Vabadussoja_Ajaloo_Komitee, lk 4
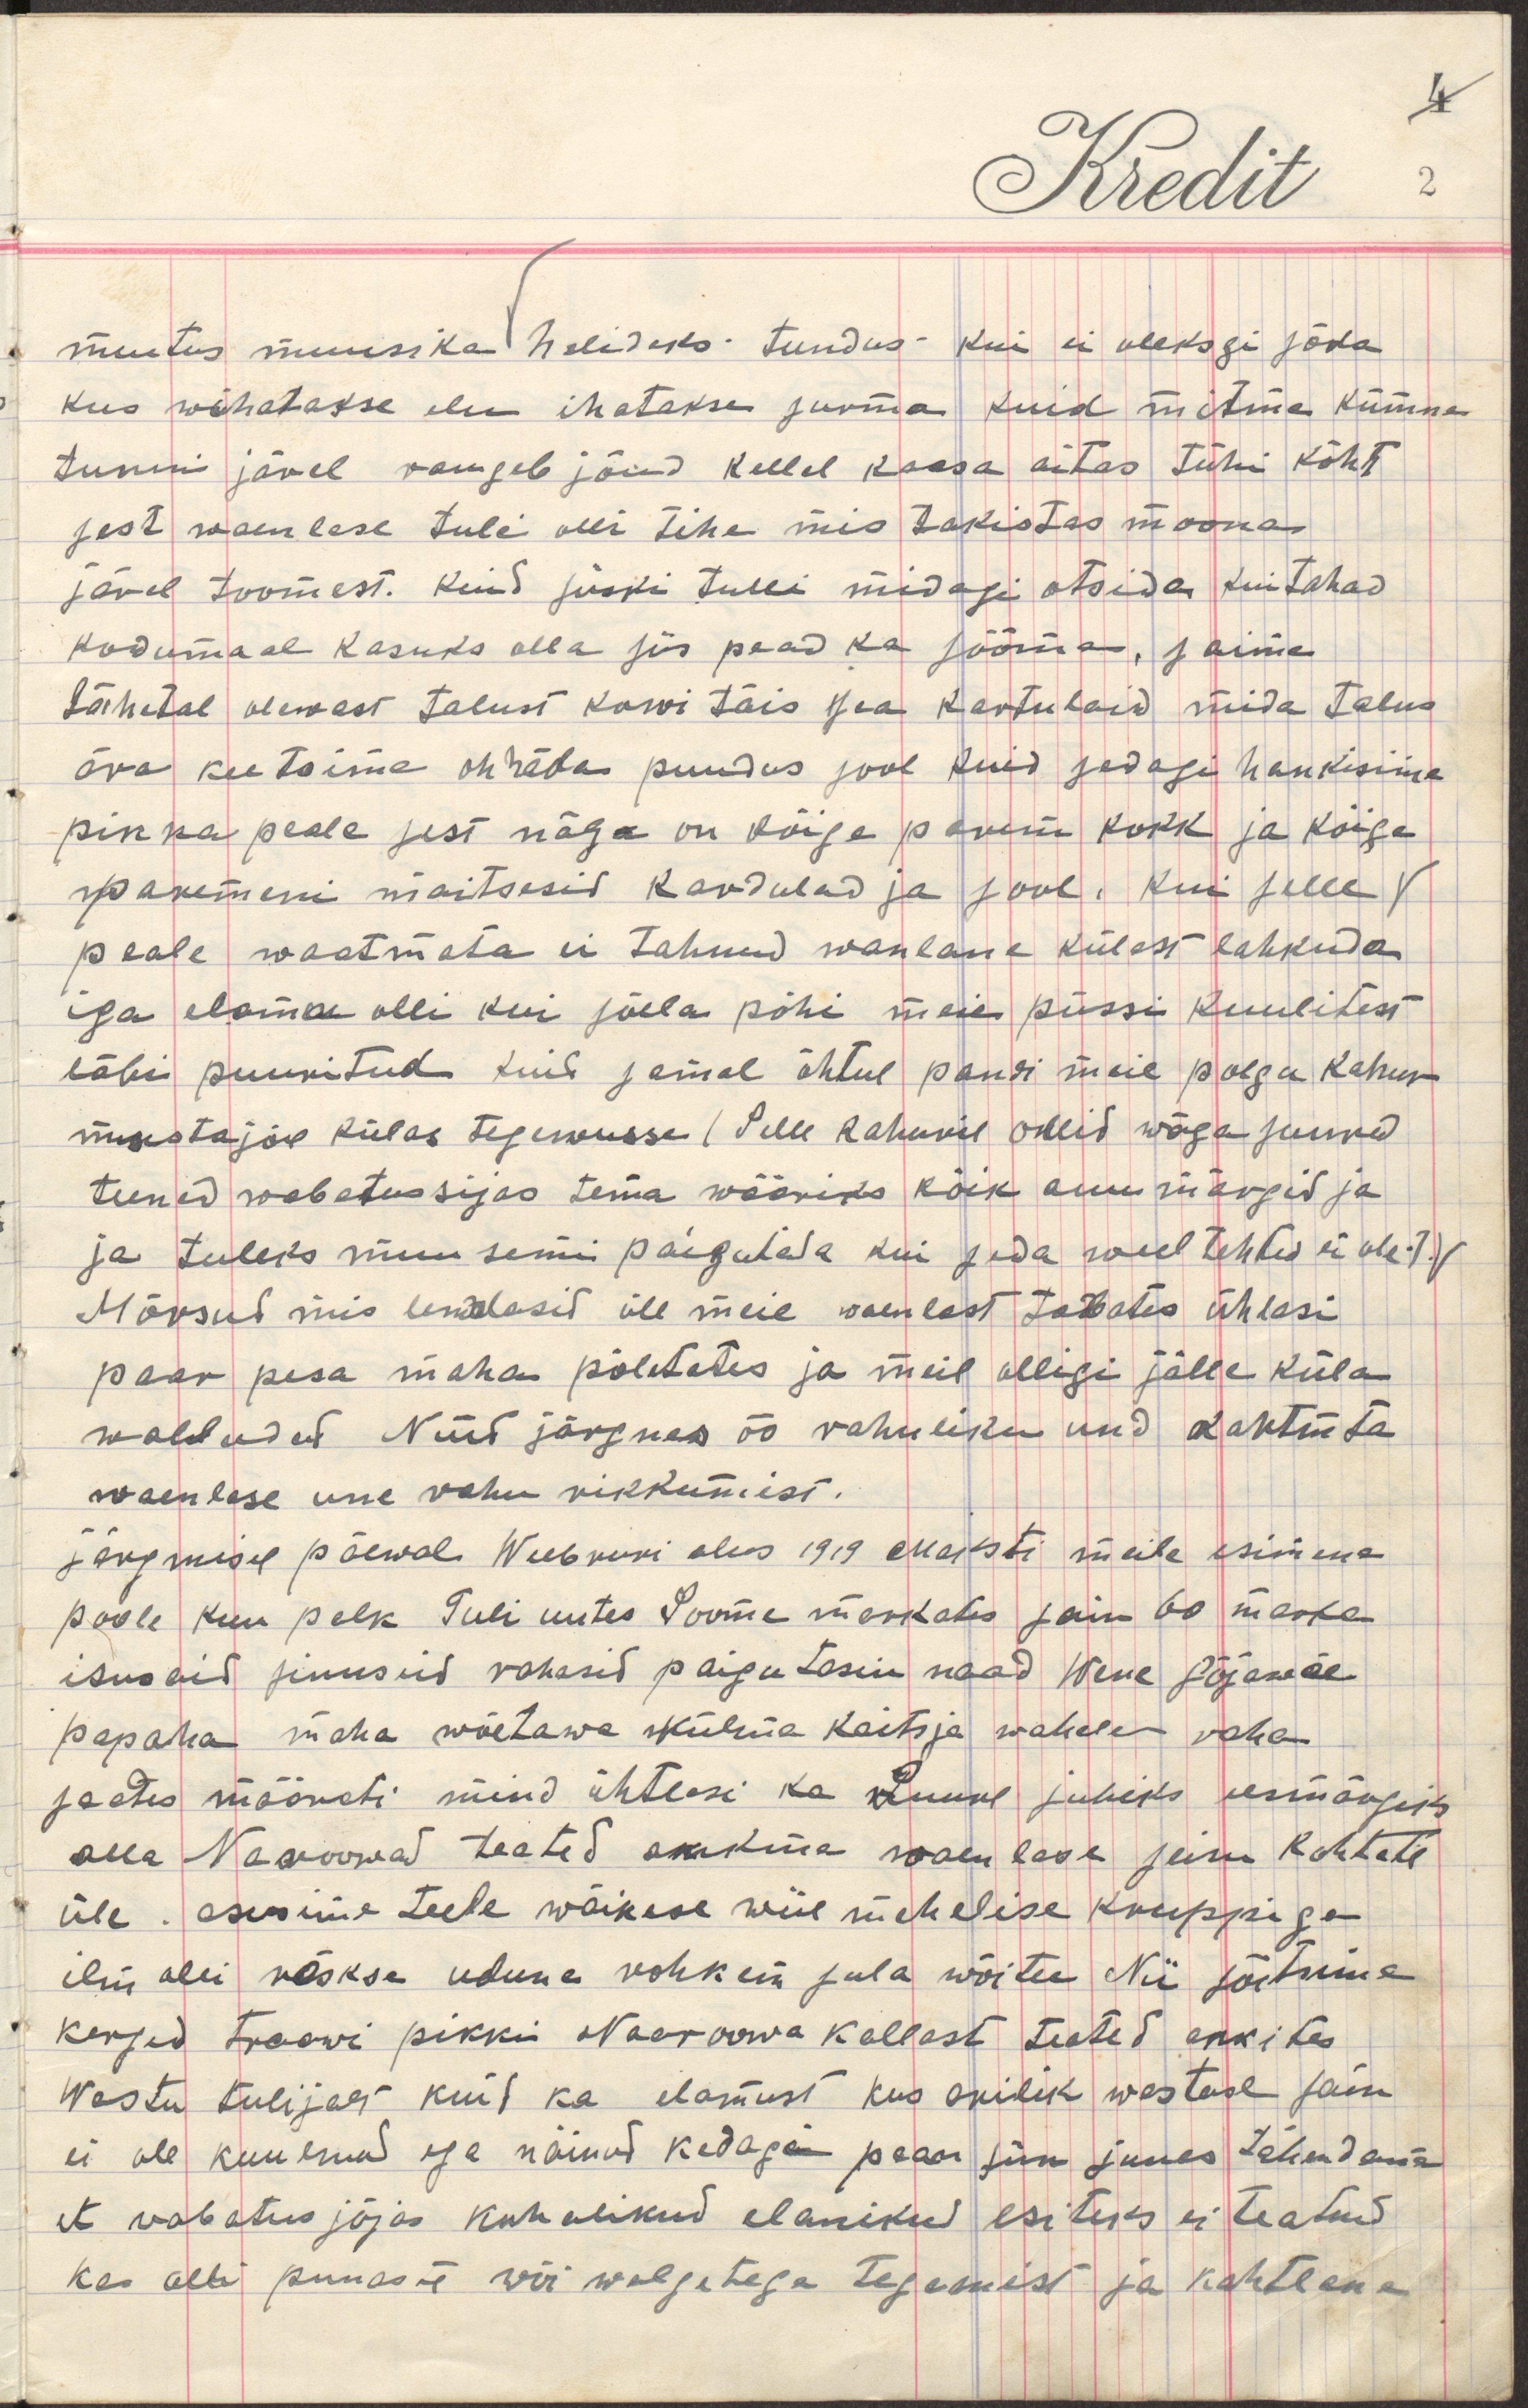
muutus muusika helideks tundus kui ei oleksgi sõda
kus wihatakse elu ihatakse surma kuid mitme kümne
tunni järel raugeb jõud kellel kaasa aitas tühi kõht
sest waenlase tuli olli tihe mis takistas moona
järel toomast. Kuid siiski tulli midagi otsida kui tahad
kodumaal kasuks olla siis pead ka sööma, saime
lähedal olewast talust korwi täis joa kartulaid mida talus
ära keetsime oh häda puudus sool kuid sedagi hankisime
pinka peale sest näga on kõige parem kokk ja kõige
paremeni maitsesid kardulad ja sool. Kui selle (
peale waatmata ei tahnud waenlane külast lahkuda
iga elamu olli kui sõela põhi meie püssi kuulitest
läbi puuritud kuid samal õhtul pandi meie polgu kahur
mustajõe külas tegevusse (Selle kahuril ollid wäga suured
teened wabatussõjas tema wääriks kõik auumärgid ja
ja tuleks muusemi paigutada kui seda weel tehtud ei ole))
Mürsud mis lendasid üle meie waenlast tabates ühtlasi
paar pesa maha põletates ja meil olligi jälle küla
walludud Nüüd järgnes öö rahuliku und tahtmta
waenlase une rahu rikkumist.
järgmisel päewal Weebruri alus 1919 maksti meile esimene
poole kuu palk Tuli uutes Soome markades sain 60 marka
ilusaid siniseid rahasid paigutasin naad Wene Sõjawäe
papaha maha wõetawa külma kaitsja wahele raha 
jaotes määrati mind ühtlasi ka Luure juhiks eesmärgiga
alla Naroowad teated ankma waenlase seisu kohhale
üle asusime teele wäikese wiie mehelise kruppiga
ilm olli rõskse udune rohkem sula wõitu Nii sõitsime
kerged traawi pikki Naroowa kallast teateid ankides
wastu tulijalt kui ka elamust kus arilik westluse sain
ei ole kuulnud ega näinud kedagi pean siin juures tähendama
et wabatussõjas kohalikud elanikud esiteks ei teatud
kas olli punase wõi walgetega tegemist ja kahtlane